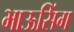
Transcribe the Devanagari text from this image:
भाऊसिंग